Lunatic asylums Bombay report 1891-1903 - 1891-1903
Year: 1891
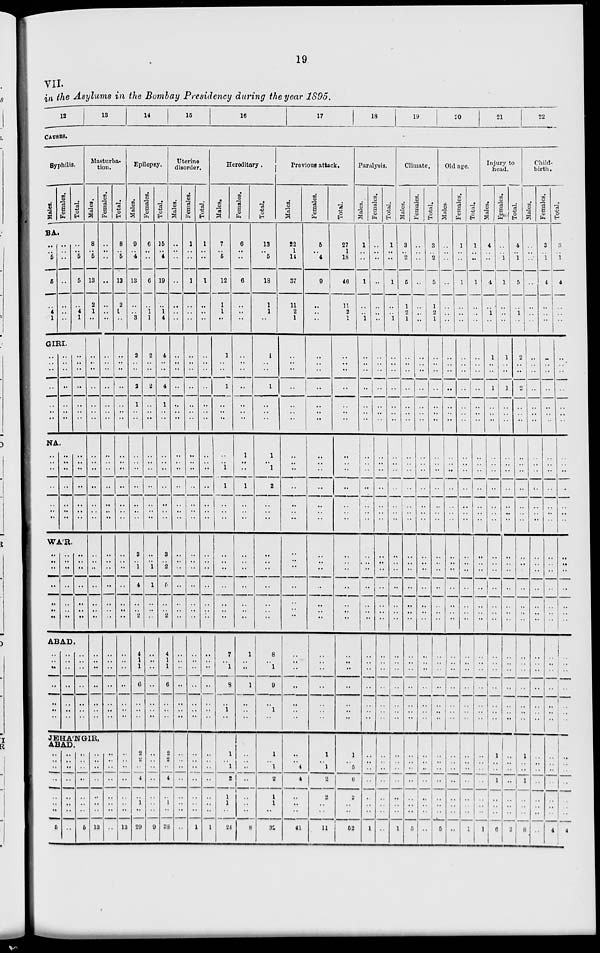
19
VII.
in the Asylums in the Bombay Presidency during the year 1895.
12
13
14
15
16
17
18
19
20
21
22
CAUSES.
Syphilis.
Males.
BA.
..
..
5
5
..
4
1
Females.
..
..
..
..
..
..
..
Total.
..
..
5
5
..
4
1
GIRI.
..
..
..
..
..
..
..
NA
..
..
..
..
..
..
..
..
..
..
..
..
..
..
..
..
..
..
..
..
..
..
..
..
..
..
..
..
..
..
..
..
..
..
WA'R.
..
..
..
..
..
..
..
..
..
..
..
..
..
..
..
..
..
..
ABAD
..
..
..
..
..
..
..
..
..
..
..
..
..
..
..
..
..
..
..
..
..
Masturba-
tion.
Males.
8
..
5
13
2
1
..
..
..
..
..
..
..
..
..
..
..
..
..
..
..
..
..
..
..
..
..
..
..
..
..
..
..
..
Females.
..
..
..
..
..
..
..
..
..
..
..
..
..
..
..
..
..
..
..
..
..
..
..
..
..
..
..
..
..
..
..
..
..
..
JEHA'NGIR,
ABAD.
..
..
..
..
..
..
..
5
..
..
..
..
..
..
..
..
..
..
..
..
..
..
..
5
..
..
..
..
..
..
..
13
..
..
..
..
..
..
..
..
Total.
8
..
5
13
2
1
..
..
..
..
..
..
..
..
..
..
..
..
..
..
..
..
..
..
..
..
..
..
..
..
..
..
..
..
..
..
..
..
..
..
..
13
Epilepsy.
Males.
9
..
4
13
..
..
3
2
..
..
2
1
..
..
..
..
..
..
..
..
..
3
..
1
4
.. 2
4
1
1
6
..
..
..
2
2
..
4
..
1
..
29
Females.
6
..
..
6
..
1
1
2
..
..
2
..
..
..
..
..
..
..
..
..
..
..
..
1
1
.. ..
..
..
..
..
..
..
..
..
..
..
..
..
..
..
9
Total.
15
..
4
19
..
1
4
4
..
..
4
1
..
..
..
..
..
..
..
..
..
3
.. 2
5
.. 2
4
1
1
6
..
..
..
2
2
..
4
..
1
..
38
Uterine
disorder.
Males.
..
..
..
..
..
..
..
..
..
..
..
..
..
..
..
..
..
..
..
..
..
..
..
..
..
..
..
..
..
..
..
..
..
..
..
..
..
..
..
..
..
Females.
1
..
..
1
..
..
..
..
..
..
..
..
..
..
..
..
..
..
..
..
..
..
..
..
..
..
..
..
..
..
..
..
..
..
..
..
..
..
..
..
..
1
Total.
1
..
..
1
..
..
..
..
..
..
..
..
..
..
..
..
..
..
..
..
..
..
..
..
..
..
..
..
..
..
..
..
..
..
..
..
..
..
..
..
..
1
Hereditary.
Males.
7
..
5
12
1
1
..
1
..
..
1
..
..
..
..
..
1
1
..
..
..
..
..
..
..
..
..
7
..
1
8
..
1
..
1
..
1
2
1
1
..
24
Females.
6
..
..
6
..
..
..
..
..
..
..
..
..
..
1
..
..
1
..
..
..
..
..
..
..
..
..
1
..
..
1
..
..
..
..
..
..
..
..
..
..
8
Total.
13
..
5
18
1
1
..
1
..
..
1
..
..
..
1
..
1
2
..
..
..
..
..
..
..
..
..
8
..
1
9
..
1
..
1
..
1
2
1
1
..
32
Previous attack.
Males.
22
1
14
37
11
2
1
..
..
..
..
..
..
..
..
..
..
..
..
..
..
..
..
..
.. ..
..
..
..
..
..
..
..
..
..
4
4
..
..
..
41
Females.
5
..
4
9
..
..
..
..
..
..
..
..
..
..
..
..
..
..
..
..
..
..
..
..
..
..
..
..
..
..
..
..
..
..
1
..
1
2
2
..
11
Total.
27
1
18
46
11
2
1
..
..
..
..
..
..
..
..
..
..
..
..
..
..
..
..
..
..
..
..
..
..
..
..
..
..
..
2
5
6
2
..
..
52
Paralysis.
Males.
1
..
..
1
..
..
1
..
..
..
..
..
..
..
..
..
..
..
..
..
..
..
..
..
..
..
..
..
..
..
..
..
..
..
..
..
..
..
..
1
Females.
..
..
..
..
..
..
..
..
..
..
..
..
..
..
..
..
..
..
..
..
..
..
..
..
..
..
..
..
..
..
..
..
..
..
..
..
..
..
..
..
..
Total.
1
..
..
1
..
..
1
..
..
..
..
..
..
..
..
..
..
..
..
..
..
..
..
..
..
..
..
..
..
..
..
..
..
..
..
..
..
..
..
..
..
1
Climate.
Males.
3
..
2
5
1
2
1
..
..
..
..
..
..
..
..
..
..
..
..
..
..
..
..
..
..
..
..
..
..
..
..
..
..
..
..
..
..
..
..
..
..
5
Females.
..
..
..
..
..
..
..
..
..
..
..
..
..
..
..
..
..
..
..
..
..
..
..
..
..
..
..
..
..
..
..
..
..
..
..
..
..
..
..
..
..
..
Total.
3
..
2
5
1
2
1
..
..
..
..
..
..
..
..
..
..
..
..
..
..
..
..
..
..
..
..
..
..
..
..
..
..
..
..
..
..
..
..
..
..
5
Old age.
Males
..
..
..
..
..
..
..
..
..
..
..
..
..
..
..
..
..
..
..
..
..
..
..
..
..
..
..
..
..
..
..
..
..
..
..
..
..
..
..
..
..
Females.
1
..
..
1
..
..
..
..
..
..
..
..
..
..
..
..
..
..
..
..
..
..
..
..
..
..
..
..
..
..
..
..
..
..
..
..
..
..
..
..
..
1
Total.
1
..
..
1
..
..
..
..
..
..
..
..
..
..
..
..
..
..
..
..
..
..
..
..
..
..
..
..
..
..
..
..
..
..
..
..
..
..
..
..
..
1
Injury to
head.
Males.
4
..
..
4
..
1
..
1
..
..
1
..
..
..
..
..
..
..
..
..
..
..
..
..
..
..
..
..
..
..
..
..
..
..
1
..
..
1
..
..
..
6
Females.
..
..
1
1
..
..
..
1
..
..
1
..
..
..
..
..
..
..
..
..
..
..
..
..
..
..
..
..
..
..
..
..
..
..
..
..
..
..
..
..
..
2
Total.
4
..
1
5
..
1
..
2
..
..
2
..
..
..
..
..
..
..
..
..
..
..
..
..
..
..
..
..
..
..
..
..
..
..
1
..
..
1
..
..
..
8
Child-
birth.
Males.
..
..
..
..
..
..
..
..
..
..
..
..
..
..
..
..
..
..
..
..
..
..
..
..
..
..
..
..
..
..
..
..
..
..
..
..
..
..
..
..
..
..
Females.
3
..
1
4
..
..
..
..
..
..
..
..
..
..
..
..
..
..
..
..
..
..
..
..
..
..
..
..
..
..
..
..
..
..
..
..
..
..
..
..
..
4
Total.
3
..
1
4
..
..
..
..
..
..
..
..
..
..
..
..
..
..
..
..
..
..
..
..
..
..
..
..
..
..
..
..
..
..
..
..
..
..
..
..
..
4